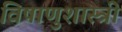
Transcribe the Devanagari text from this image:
विषाणुशास्त्री